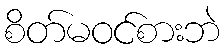
စိတ်မဝင်စားဘဲ